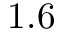
1 . 6